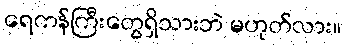
ရေကန်ကြီးတွေရှိသားဘဲ မဟုတ်လား။